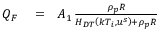
\begin{array} { r l r } { Q _ { F } } & { { } = } & { A _ { 1 } \, \frac { \rho _ { p } R } { H _ { D T } \left( k T _ { i } , u ^ { s } \right) + \rho _ { p } R } } \end{array}